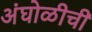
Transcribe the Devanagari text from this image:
अंघोळीची